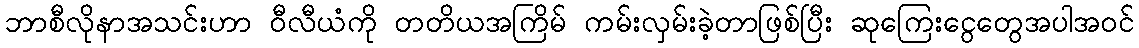
ဘာစီလိုနာအသင်းဟာ ဝီလီယံကို တတိယအကြိမ် ကမ်းလှမ်းခဲ့တာဖြစ်ပြီး ဆုကြေးငွေတွေအပါအဝင်